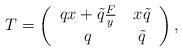
LaTeX: \begin{align*}T = \left(\begin{tabular}{cc}$q x + \tilde{q} \frac{F}{y}$ & $ x\tilde{q}$\\$q$ & $ \tilde{q}$\end{tabular}\right) ,\end{align*}